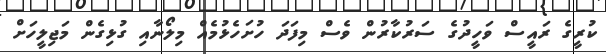
ކުރީގެ ރައީސް ވަހީދުގެ ސަރުކާރުން ވެސް މިފަދަ ހުށަހެޅުމެއް މިލޯނާއި ގުޅިގެން މަޖިލީހަށް